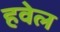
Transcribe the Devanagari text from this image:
हवेल